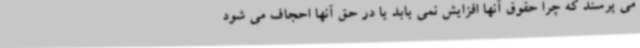
می پرسند که چرا حقوق آنها افزایش نمی یابد یا در حق آنها احجاف می شود